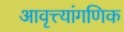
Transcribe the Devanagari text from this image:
आवृत्त्यांगणिक